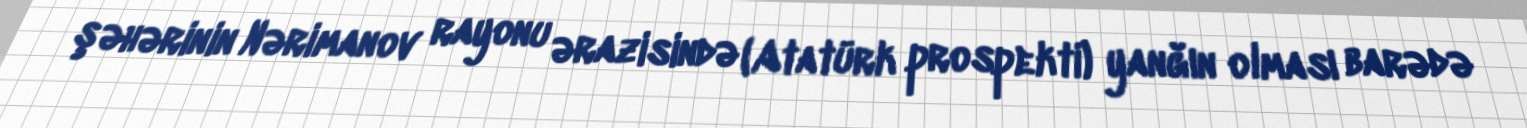
şəhərinin Nərimanov rayonu ərazisində (Atatürk prospekti) yanğın olması barədə